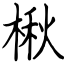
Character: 楸